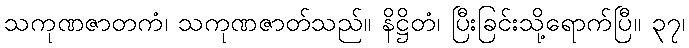
သကုဏဇာတကံ၊ သကုဏဇာတ်သည်။ နိဋ္ဌိတံ၊ ပြီးခြင်းသို့ရောက်ပြီ။ ၃၇၊